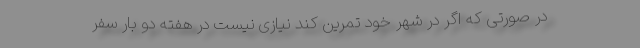
در صورتی که اگر در شهر خود تمرین کند نیازی نیست در هفته دو بار سفر